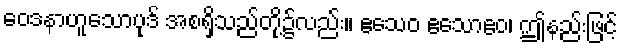
ဝေဒနာဟူသောပုဒ် အစရှိသည်တို့၌လည်း။ ဧသေဝ ဧသောဧဝ၊ ဤနည်းဖြင့်